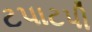
ટપાટપી